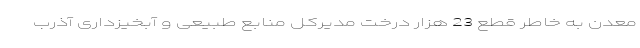
معدن به خاطر قطع 23 هزار درخت مدیرکل منابع طبیعی و آبخیزداری آذرب